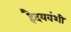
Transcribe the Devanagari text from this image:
हैदयवंशी